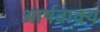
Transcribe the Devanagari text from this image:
आर्षवाक्य